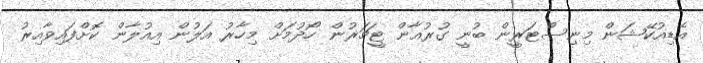
އެޑިއުކޭޝަން މިނިސްޓަރީން ބުނީ ގުރުއާން ޓީޗަރުން ހޯދުމަށް މިހާރު އަލުން އިއުލާން ކޮށްފައިވާއިރު